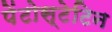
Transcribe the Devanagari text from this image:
पेंटोस्टेटिन